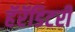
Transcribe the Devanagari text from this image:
हॅरॅडिटरी